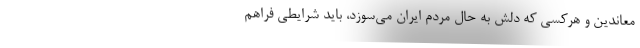
معاندین و هرکسی که دلش به حال مردم ایران می‌سوزد، باید شرایطی فراهم